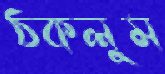
ঠকলুম